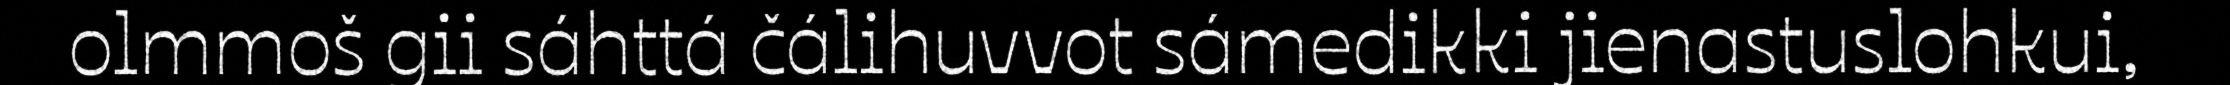
olmmoš gii sáhttá čálihuvvot sámedikki jienastuslohkui,